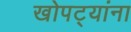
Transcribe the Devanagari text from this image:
खोपट्यांना